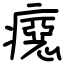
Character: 癋